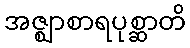
အဇ္ဈာစာရပုစ္ဆာတိ